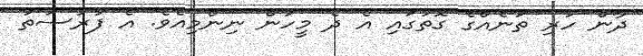
ދާން ހުރި ތަނެއްގެ ގޮތުގައި އެ ދެ މީހުން ނިންމިއެވެ. އެ ފުރުސަތު